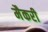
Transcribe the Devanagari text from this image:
मैकरी